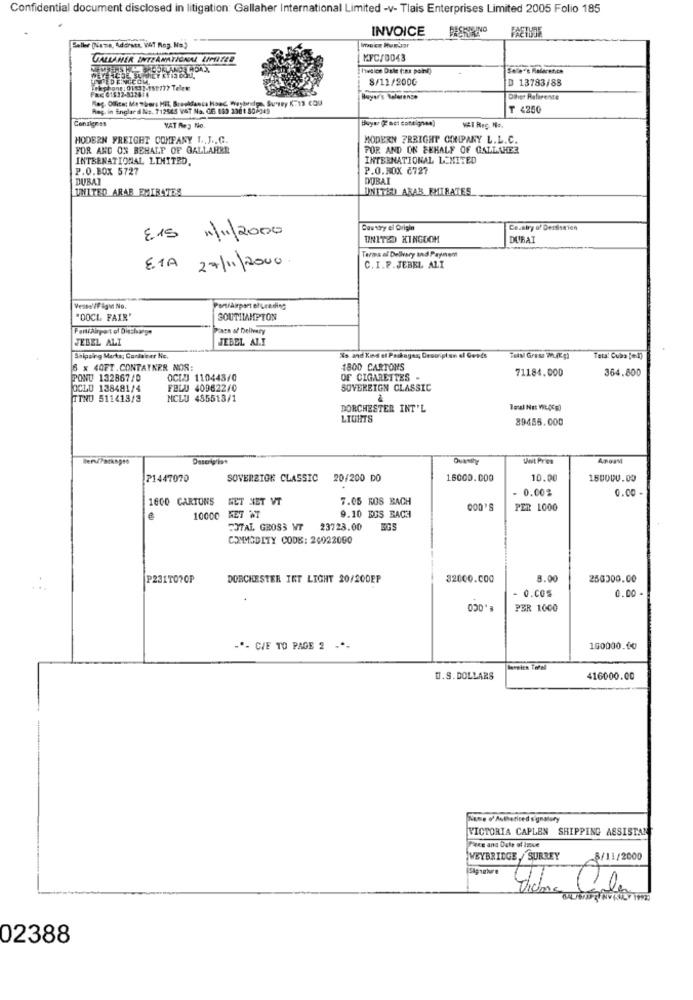
Confidential document disclosed in litigation; Gallaher International Limited -v- Tlais Enterprises Limited 2005 Folio 185
INVOICE
Seller (Name, Adoratt. WAT Reg. No.]
VALLANER INTZANATIONAL KIPUTZE
KFC/0043
hetice Dale (:az poil)
Sole''s Reference
TEDENGCOM
8/11/2000
D 13783/88
Telephone: 01132-150777 Telem
Reg. Offits: Members HE, Breakfasta Haac Weybridge, Surtry K:13 COU
Buyer's talerense
Dihver Reference
Reg. in Englar d Ns. 712565 VAT Na. 06 063 3381 80-349
₸ 4250
Consignes
Buywy ( net cottignen)
VAT Rey No.
WAT Reg. No.
MODERN FREIGHT COMPANY L.J .. C.
MODERN FREIGHT COMPANY L.L.C.
FOR AND ON BEHALF OF GALLARRE
POR AND ON BEHALF OF GALLAHER
INTERNATIONAL LIMITED,
INTERNATIONAL LIMITED
P.O.BOX 5727
P.O.BOX č727
DUBAI
DUBAI
UNITED ARAB EMIRATES
UNITED ABAS EMIRATES
Cautoy el Origin
Co.airy of Dessiserien
E 15
12/11/2000
UNITED KINGDOM
DUBAI
Termes al Dellvary and Payunent
ETA 27/11/2000.
C. I.F.JEBEL ALI
Veosal/Figu No.
PomiAirport el Leading
"DOCL FAIR'
SOUTHAMPTON
Zara of Delivery
JEBEL ALI
JEBEL ALI
Shipping Marks; Conlacer Nc.
Ns and Kind et Packages; Description of Goods
THAN Gress M.(Kg)
6 x 40FT.CONTAYNER NOS:
1800 CARTONS
71184.000
364.800
PONU 132867/0
OCIU 110443/0
OF CIGARETTES -
OCLU 138481/4
FBLU 409622/0
SOVEREIGN CLASSIC
TINU 511413/3
NCLU 485513/1
DORCHESTER INT'L
LIGHTS
89455.000
P1447070
SOVERZIGE CLASSIC 20/200 DO
16000.000
10.00
150000.00
0.002
0.00 -
1600 CARTONS
GET NET VT
7.05 ROS BACH
PER 1000
10000
MET NT
9.10 EIS BACH
TOTAL GROSS WT 23723.00
COMMODITY CODE: 26022000
P231TOTOP
DORCHESTER IST LIGHT 20/200EP
32000.000
8.00
250200.00
O.COS
0.00 -
PER 1000
-*- CIE TO PAGE 2 -*-
100000.00
loweien Tohell
U.S. DOLLARS
416000.00
Nome o' Authorised signatur
VICTORIA CAPLEN SHIPPING ASSISTANT
Face and Dele of Inve
WEYBRIDGE,SURREY
-8/11/2000
02388